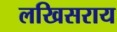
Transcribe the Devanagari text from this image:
लखिसराय